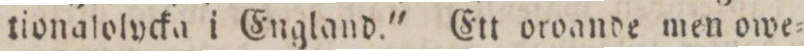
tionalolvcka i England.' Ett oroande men owe=